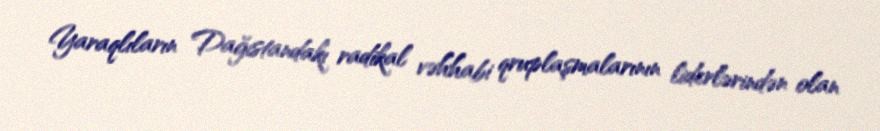
Yaraqlıların Dağıstandakı radikal vəhhabi qruplaşmalarının liderlərindən olan